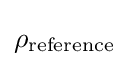
\rho _{\mathrm {reference} }